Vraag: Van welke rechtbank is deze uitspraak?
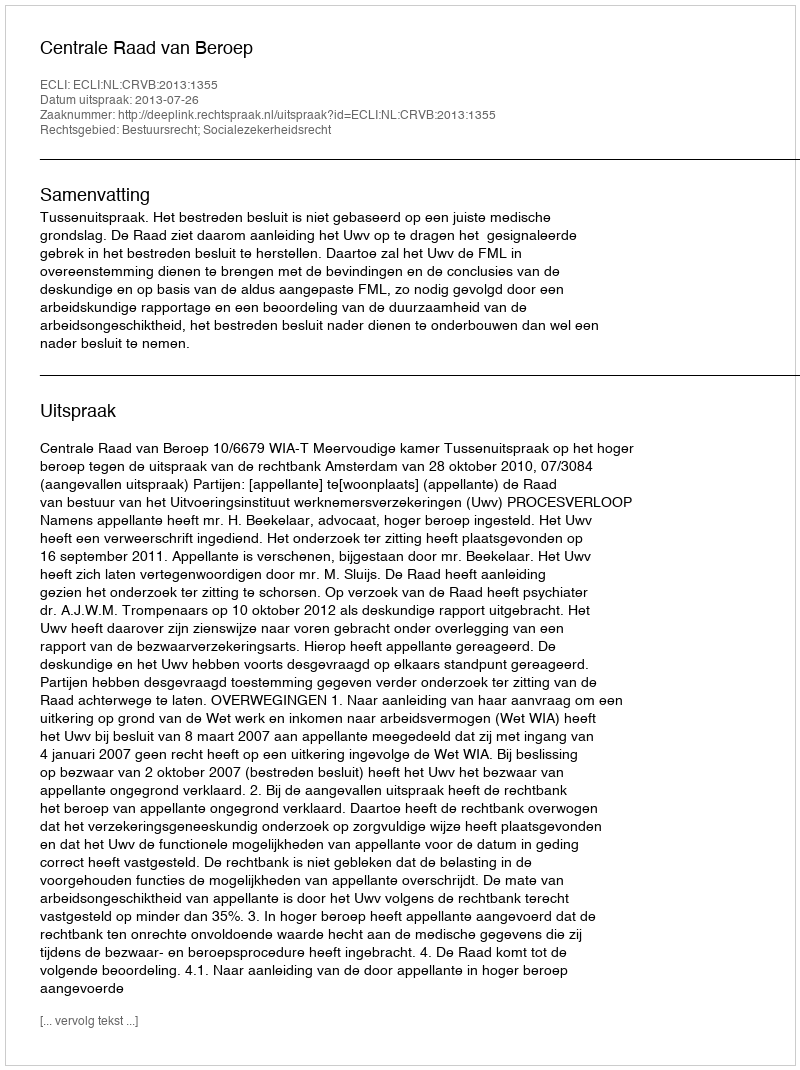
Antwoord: Centrale Raad van Beroep